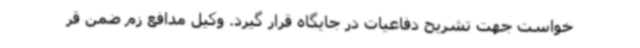
خواست جهت تشریح دفاعیات در جایگاه قرار گیرد. وکیل مدافع زم ضمن قر